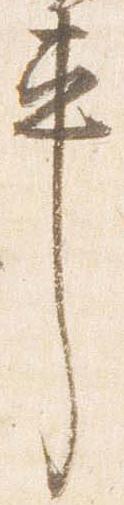
車